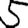
Digit: 5